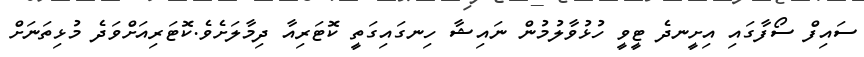
ސައިފް ސޯފާގައި އިށީނދެ ޓީވީ ހުޅުވާލުމުން ނައިޝާ ހިނގައިގަތީ ކޮޓަރިއާ ދިމާލަށެވެ.ކޮޓަރިއަށްވަދެ މުޅިތަނަށް